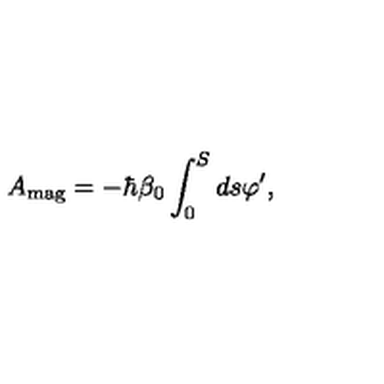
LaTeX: A _ { \mathrm { m a g } } = - \hbar \beta _ { 0 } \int _ { 0 } ^ { S } d s \varphi ^ { \prime } ,